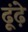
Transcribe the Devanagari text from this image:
ढूंढ़े